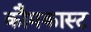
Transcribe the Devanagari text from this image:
कौमकास्ट